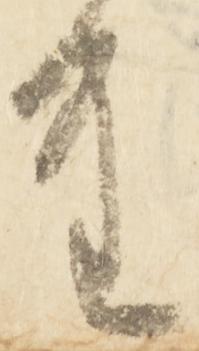
重